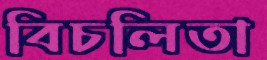
বিচলিতা